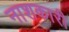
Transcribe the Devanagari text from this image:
नाशकारी